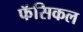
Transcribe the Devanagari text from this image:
फॅसिकल